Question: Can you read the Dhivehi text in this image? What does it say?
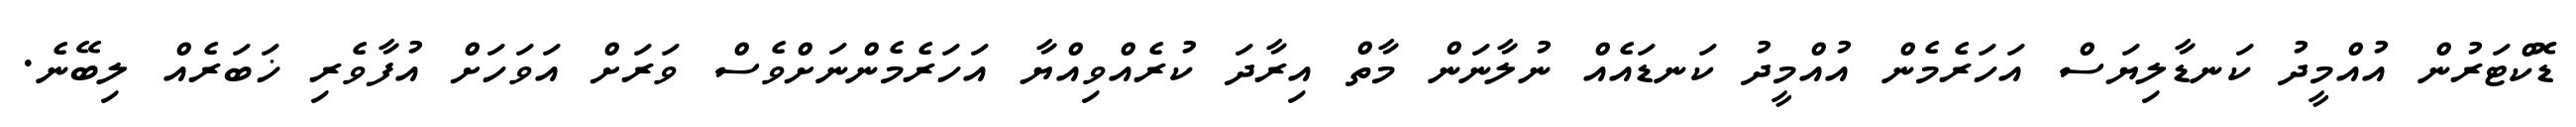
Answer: ޑޮކްޓަރުން އުއްމީދު ކަނޑާލިޔަސް އަހަރެމެން އުއްމީދު ކަނޑައެއް ނުލާނަން މާތް އިރާދަ ކުރެއްވިއްޔާ އަހަރެމެންނަށްވެސް ވަރަށް އަވަހަށް އުފާވެރި ޚަބަރެއް ލިބޭނެ.